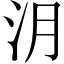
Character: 㳉